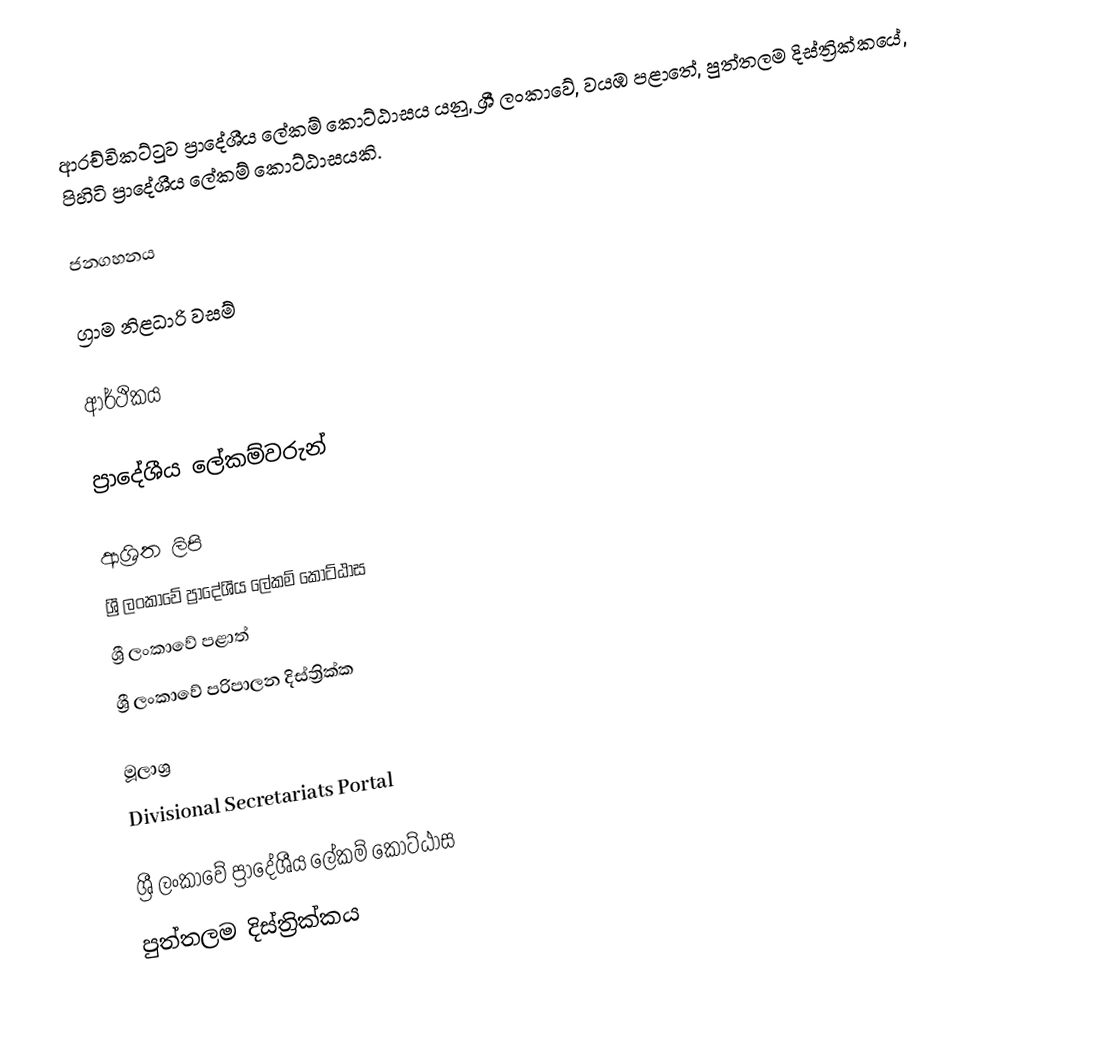
ආරච්චිකට්ටුව ප්‍රාදේශීය ලේකම් කොට්ඨාසය යනු,  ශ්‍රී ලංකාවේ, වයඹ පළාතේ,   පුත්තලම දිස්ත්‍රික්කයේ, පිහිටි ප්‍රාදේශීය ලේකම් කොට්ඨාසයකි.

ජනගහනය

ග්‍රාම නිළධාරි වසම්

ආර්ථිකය

ප්‍රාදේශීය ලේකම්වරුන්

ආශ්‍රිත ලිපි
ශ්‍රී ලංකාවේ ප්‍රාදේශීය ලේකම් කොට්ඨාස
ශ්‍රී ලංකාවේ පළාත්
ශ්‍රී ලංකාවේ පරිපාලන දිස්ත්‍රික්ක

මූලාශ්‍ර
 Divisional Secretariats Portal

ශ්‍රී ලංකාවේ ප්‍රාදේශීය ලේකම් කොට්ඨාස
පුත්තලම දිස්ත්‍රික්කය